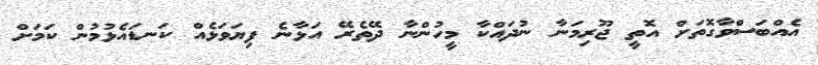
އެއްބަސްވާގޮތަށް އޮތީ ޖޫރިމަނާ ނުދައްކާ މީހުންނާ ދޭތެރޭ އަޅާނެ ފިޔަވަޅެއް ކަނޑައެޅުމުން ކަމަށް